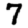
Digit: 7